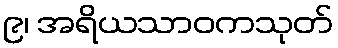
၉၊ အရိယသာဝကသုတ်